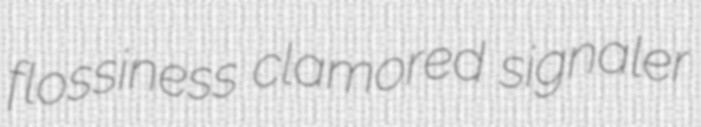
flossiness clamored signaler